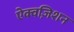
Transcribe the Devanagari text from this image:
ऐक्वज़िशन